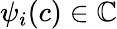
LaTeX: \psi_{i}(c)\in\mathbb{C}